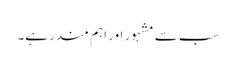
سب سے مشہور اور اہم مندر ہے۔